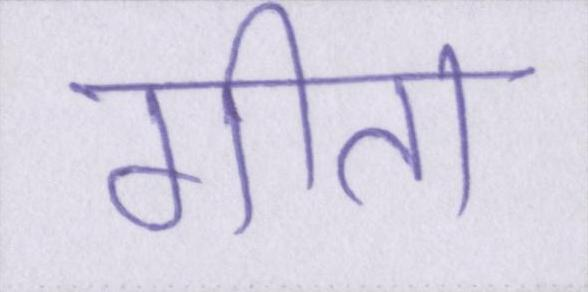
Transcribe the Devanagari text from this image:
गीता